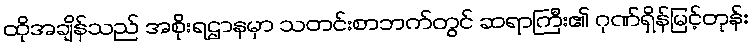
ထိုအချိန်သည် အစိုးရဌာနမှာ သတင်းစာဘက်တွင် ဆရာကြီး၏ ဂုဏ်ရှိန်မြင့်တုန်း